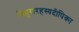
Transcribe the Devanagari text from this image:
त्रिपुरारहस्यदीपिका